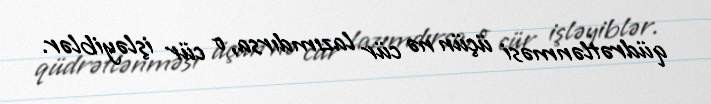
qüdrətlənməsi üçün nə cür lazımdırsa, o cür işləyiblər.